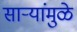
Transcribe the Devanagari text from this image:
साऱ्यांमुळे